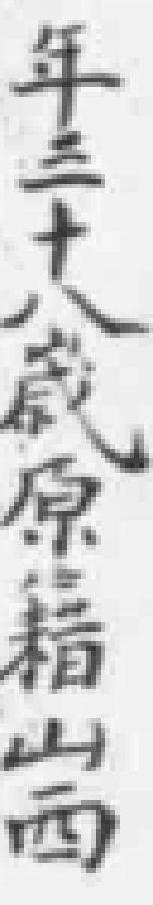
年三十八歲原籍山西